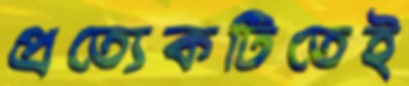
প্রত্যেকটিতেই